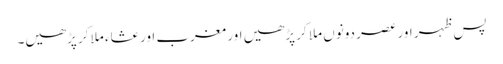
پس ظہر اور عصر دونوں ملا کر پڑھیں اور مغرب اور عشاء ملا کر پڑھیں۔